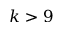
k > 9